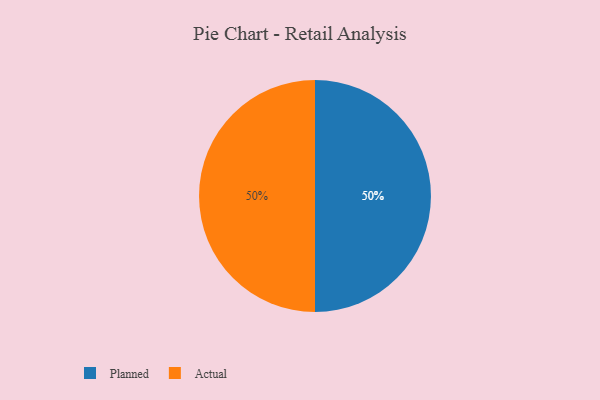
{"axis": {"x": "Category", "y": "Percentage"}, "legend": ["Actual", "Planned"], "data": [{"x": "Planned", "y": 50, "type": "Planned"}, {"x": "Actual", "y": 50, "type": "Actual"}]}